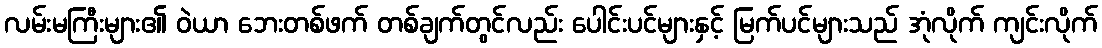
လမ်းမကြီးများ၏ ဝဲယာ ဘေးတစ်ဖက် တစ်ချက်တွင်လည်း ပေါင်းပင်များနှင့် မြက်ပင်များသည် အုံလိုက် ကျင်းလိုက်